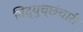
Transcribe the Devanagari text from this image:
विद्युच्छंचारी